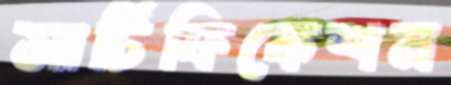
সার্টিফিকেশন